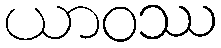
ယာဝဿ